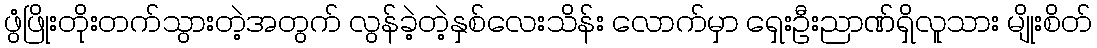
ဖွံဖြိုးတိုးတက်သွားတဲ့အတွက် လွန်ခဲ့တဲ့နှစ်လေးသိန်း လောက်မှာ ရှေးဦးညာဏ်ရှိလူသား မျိုးစိတ်